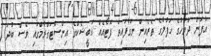
އުފަން ދުވަހުގެ ހަފުލާގެ ތެރެއިން ނަގާފައިވާ ފޮޓޯއެއް އަބީޝެކްގެ އިންސްޓަގްރާމްގައި ވެސް ބުދަ